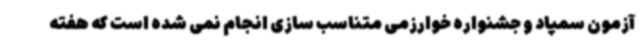
آزمون سمپاد و جشنواره خوارزمی متناسب سازی انجام نمی شده است که هفته